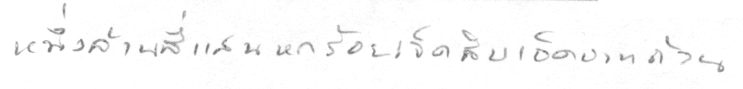
หนึ่งล้านสี่แสนหกร้อยเจ็ดสิบเอ็ดบาทถ้วน